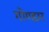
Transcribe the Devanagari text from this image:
गोण्डार